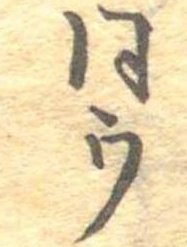
同ウ